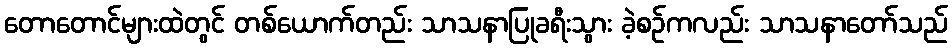
တောတောင်များထဲတွင် တစ်ယောက်တည်း သာသနာပြုခရီးသွား ခဲ့စဉ်ကလည်း သာသနာတော်သည်